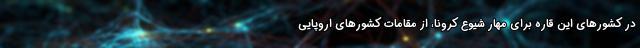
در کشورهای این قاره برای مهار شیوع کرونا، از مقامات کشورهای اروپایی